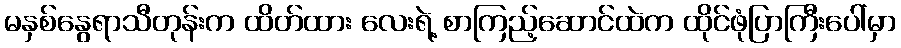
မနှစ်နွေရာသီတုန်းက ထိတ်ထား လေးရဲ့ စာကြည့်ဆောင်ထဲက ထိုင်ဖုံပြာကြီးပေါ်မှာ